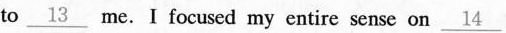
to\underline{13} me. I focused my entire sense on\underline{14}